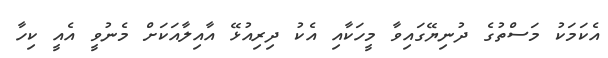
އެކަމަކު މަސްތުގެ ދުނިޔޭގައިވާ މީހަކާއި އެކު ދިރިއުޅޭ އާއިލާއަކަށް މެނުވީ އެއީ ކިހާ